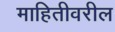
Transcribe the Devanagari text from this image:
माहितीवरील